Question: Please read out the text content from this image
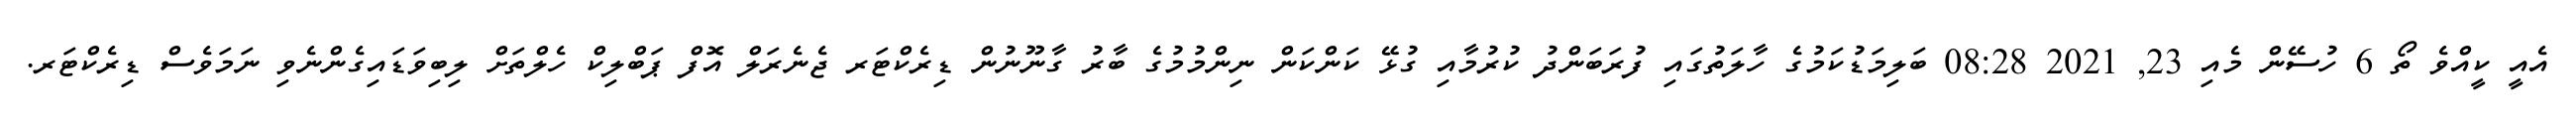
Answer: އެއީ ކީއްވެ ތޯ 6 ހުސޭން މެއި 23, 2021 08:28 ބަލިމަޑުކަމުގެ ހާލަތުގައި ފުރަބަންދު ކުރުމާއި ގުޅޭ ކަންކަން ނިންމުމުގެ ބާރު ގާނޫނުން ޑިރެކްޓަރ ޖެނެރަލް އޮފް ޕަބްލިކް ހެލްތަށް ލިބިވަޑައިގެންނެވި ނަމަވެސް ޑިރެކްޓަރ.